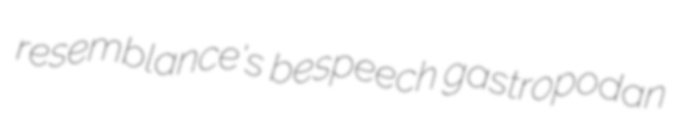
resemblance's bespeech gastropodan